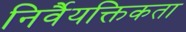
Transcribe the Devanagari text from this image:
निर्वैयक्तिकता